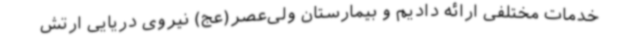
خدمات مختلفی ارائه دادیم و بیمارستان ولی‌عصر(عج) نیروی دریایی ارتش